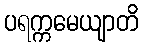
ပရက္ကမေယျာတိ